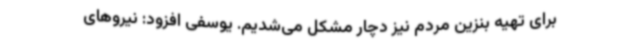
برای تهیه بنزین مردم نیز دچار مشکل می‌شدیم. یوسفی افزود: نیروهای